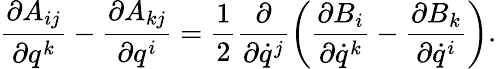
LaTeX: \frac{\partial A_{ij}}{\partial q^{k}}-\frac{\partial A_{kj}}{\partial q^{i}}=\frac 12\frac{\partial}{\partial\dot{q}^{j}}\left(\frac{\partial B_{i}}{\partial\dot{q}^{k}}-\frac{\partial B_{k}}{\partial\dot{q}^{i}}\right).